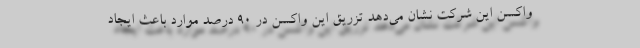
واکسن این شرکت نشان می‌دهد تزریق این واکسن در ۹۰ درصد موارد باعث ایجاد